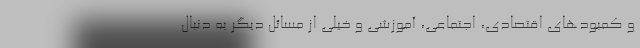
و کمبودهای اقتصادی، اجتماعی، آموزشی و خیلی از مسائل دیگر به دنبال